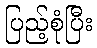
ပြည့်စုံပြီး